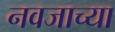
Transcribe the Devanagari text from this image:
नवजाच्या